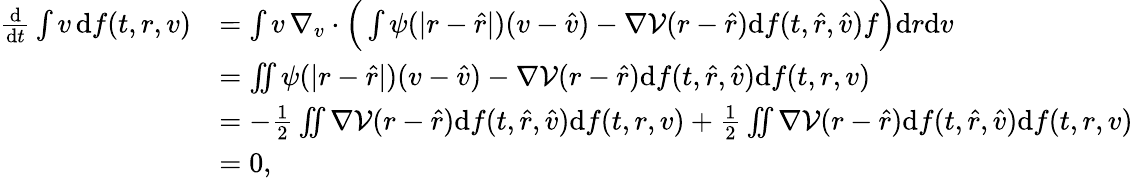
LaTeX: \begin{array}{rl}{\frac{\mathrm d}{\mathrm dt}\int v\, \mathrm df(t,r,v)}&{=\int v\, \nabla_{v}\cdot\Big(\int\psi(|r-\hat{r}|)(v-\hat{v})-\nabla\mathcal V(r-\hat{r})\mathrm df(t,\hat{r},\hat{v})f\Big)\mathrm dr\mathrm dv}\\ &{=\iint\psi(|r-\hat{r}|)(v-\hat{v})-\nabla\mathcal V(r-\hat{r})\mathrm df(t,\hat{r},\hat{v})\mathrm df(t,r,v)}\\ &{=-\frac{1}{2}\iint\nabla\mathcal V(r-\hat{r})\mathrm df(t,\hat{r},\hat{v})\mathrm df(t,r,v)+\frac{1}{2}\iint\nabla\mathcal V(r-\hat{r})\mathrm df(t,\hat{r},\hat{v})\mathrm df(t,r,v)}\\ &{=0,}\end{array}